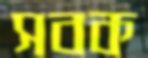
সবক